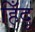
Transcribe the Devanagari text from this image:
हिँदू